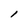
Character: l